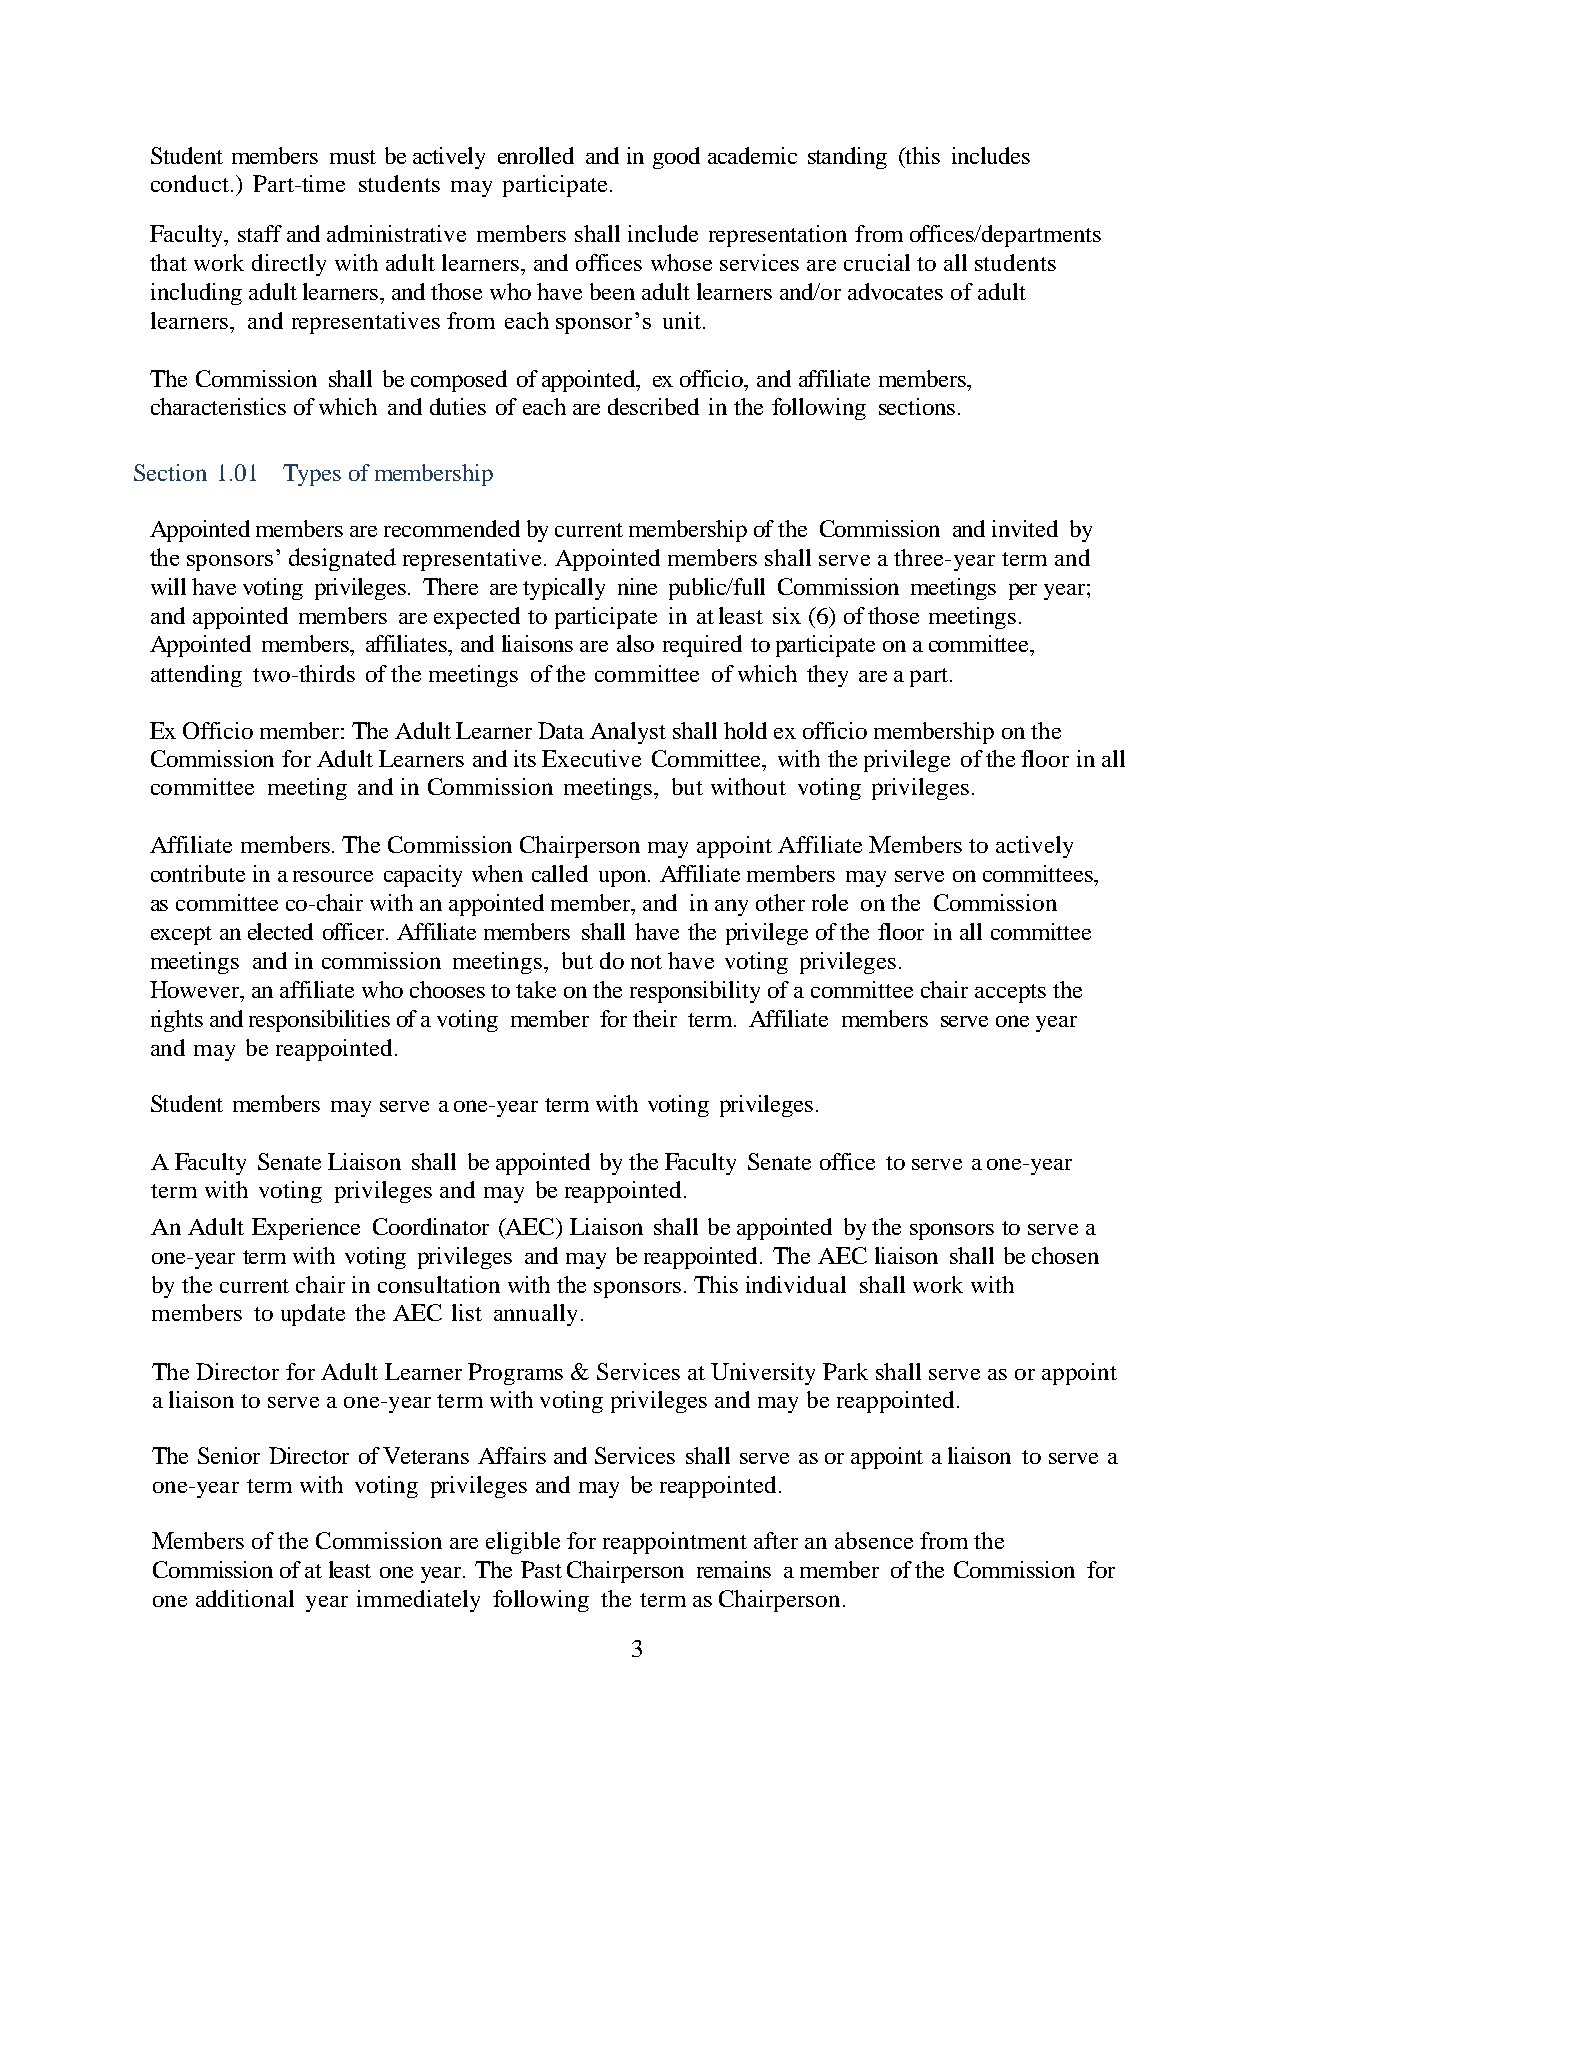
Student members must be actively enrolled and in good academic standing (this includes
 conduct.) Part-time students may participate.
 Faculty, staff and administrative members shall include representation from offices/departments
 that work directly with adult learners, and offices whose services are crucial to all students
 including adult learners, and those who have been adult learners and/or advocates of adult
 learners, and representatives from each sponsor’s unit.
 The Commission shall be composed of appointed, ex officio, and affiliate members,
 characteristics of which and duties of each are described in the following sections.
 Section 1.01 Types of membership
 Appointed members are recommended by current membership of the Commission and invited by
 the sponsors’ designated representative. Appointed members shall serve a three-year term and
 will have voting privileges. There are typically nine public/full Commission meetings per year;
 and appointed members are expected to participate in at least six (6) of those meetings.
 Appointed members, affiliates, and liaisons are also required to participate on a committee,
 attending two-thirds of the meetings of the committee of which they are a part.
 Ex Officio member: The Adult Learner Data Analyst shall hold ex officio membership on the
 Commission for Adult Learners and its Executive Committee, with the privilege of the floor in all
 committee meeting and in Commission meetings, but without voting privileges.
 Affiliate members. The Commission Chairperson may appoint Affiliate Members to actively
 contribute in a resource capacity when called upon. Affiliate members may serve on committees,
 as committee co-chair with an appointed member, and in any other role on the Commission
 except an elected officer. Affiliate members shall have the privilege of the floor in all committee
 meetings and in commission meetings, but do not have voting privileges.
 However, an affiliate who chooses to take on the responsibility of a committee chair accepts the
 rights and responsibilities of a voting member for their term. Affiliate members serve one year
 and may be reappointed.
 Student members may serve a one-year term with voting privileges.
 A Faculty Senate Liaison shall be appointed by the Faculty Senate office to serve a one-year
 term with voting privileges and may be reappointed.
 An Adult Experience Coordinator (AEC) Liaison shall be appointed by the sponsors to serve a
 one-year term with voting privileges and may be reappointed. The AEC liaison shall be chosen
 by the current chair in consultation with the sponsors. This individual shall work with
 members to update the AEC list annually.
 The Director for Adult Learner Programs & Services at University Park shall serve as or appoint
 a liaison to serve a one-year term with voting privileges and may be reappointed.
 The Senior Director of Veterans Affairs and Services shall serve as or appoint a liaison to serve a
 one-year term with voting privileges and may be reappointed.
 Members of the Commission are eligible for reappointment after an absence from the
 Commission of at least one year. The Past Chairperson remains a member of the Commission for
 one additional year immediately following the term as Chairperson.
 3